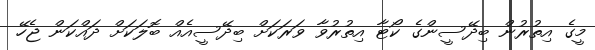
މީގެ އިތުރުން ބިދޭސީންގެ ކޯޓާ އިތުރުވާ ވަރަކަށް ބިދޭސީއެއް ބޮލަކަށް ދައްކަން ޖެހޭ